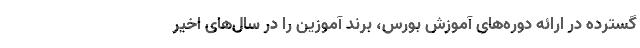
گسترده در ارائه دوره‌های آموزش بورس، برند آموزین را در سال‌های اخیر